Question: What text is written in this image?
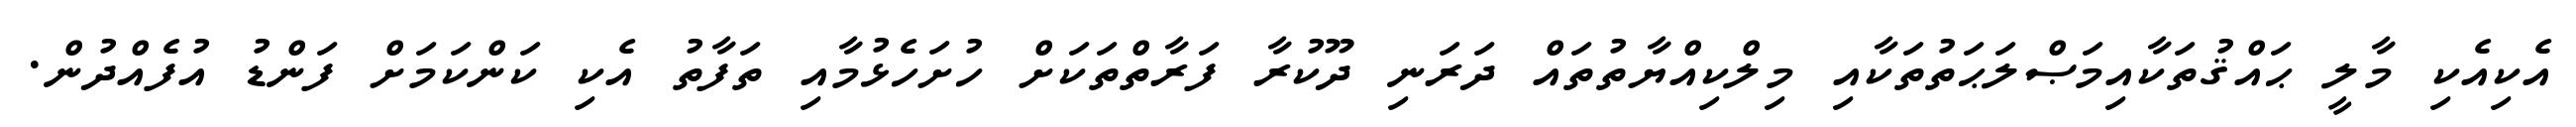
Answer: އެކިއެކި މާލީ ޙައްޤުތަކާއިމަޞްލަޙަތުތަކާއި މިލްކިއްޔާތުތައް ދަރަނި ދޫކުރާ ފަރާތްތަކަށް ހުށަހެޅުމާއި ތަފާތު އެކި ކަންކަމަށް ފަންޑު އުފެއްދުން.